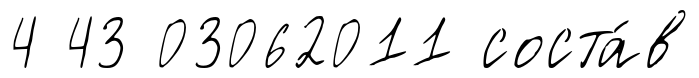
4 43 03062011 соста́в